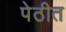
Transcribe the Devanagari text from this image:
पेठीत